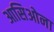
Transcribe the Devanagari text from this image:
आसिओना